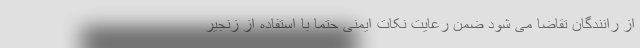
از رانندگان تقاضا می شود ضمن رعایت نکات ایمنی حتما با استفاده از زنجیر